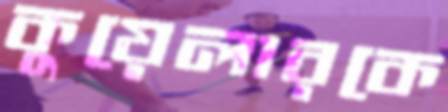
কুয়েলারকে